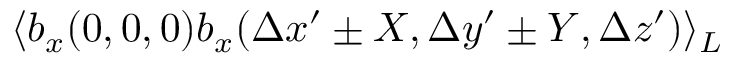
\langle b _ { x } ( 0 , 0 , 0 ) b _ { x } ( \Delta x ^ { \prime } \pm X , \Delta y ^ { \prime } \pm Y , \Delta z ^ { \prime } ) \rangle _ { L }